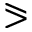
\eqslantgtr